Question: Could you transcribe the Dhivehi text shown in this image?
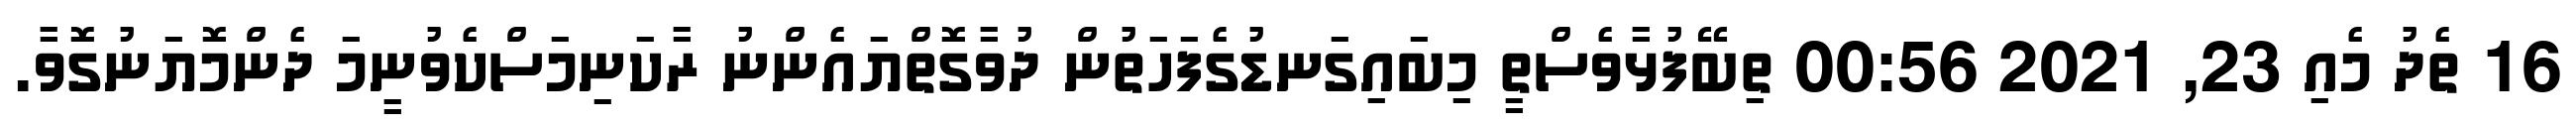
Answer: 16 ތެދު މެއި 23, 2021 00:56 ތިބޭފުޅާވެސްތީ މިބައިގަނޑުގެފަހަތުން ދުވާގޮތްޔައެންނު ރާކަނިމަސްކެވުނީމަ ދެންމޮޔަނުގޮވާ.